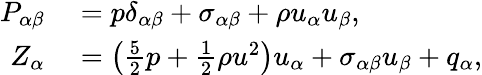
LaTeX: \begin{array}{rl}{P_{\alpha\beta}}&{{}=p\delta_{\alpha\beta}+\sigma_{\alpha\beta}+\rho u_{\alpha}u_{\beta},}\\ {Z_{\alpha}}&{{}=\left(\frac{5}{2}p+\frac{1}{2}\rho u^{2}\right)u_{\alpha}+\sigma_{\alpha\beta}u_{\beta}+q_{\alpha},}\end{array}